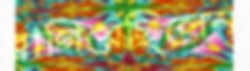
রাগিয়েছিলেন